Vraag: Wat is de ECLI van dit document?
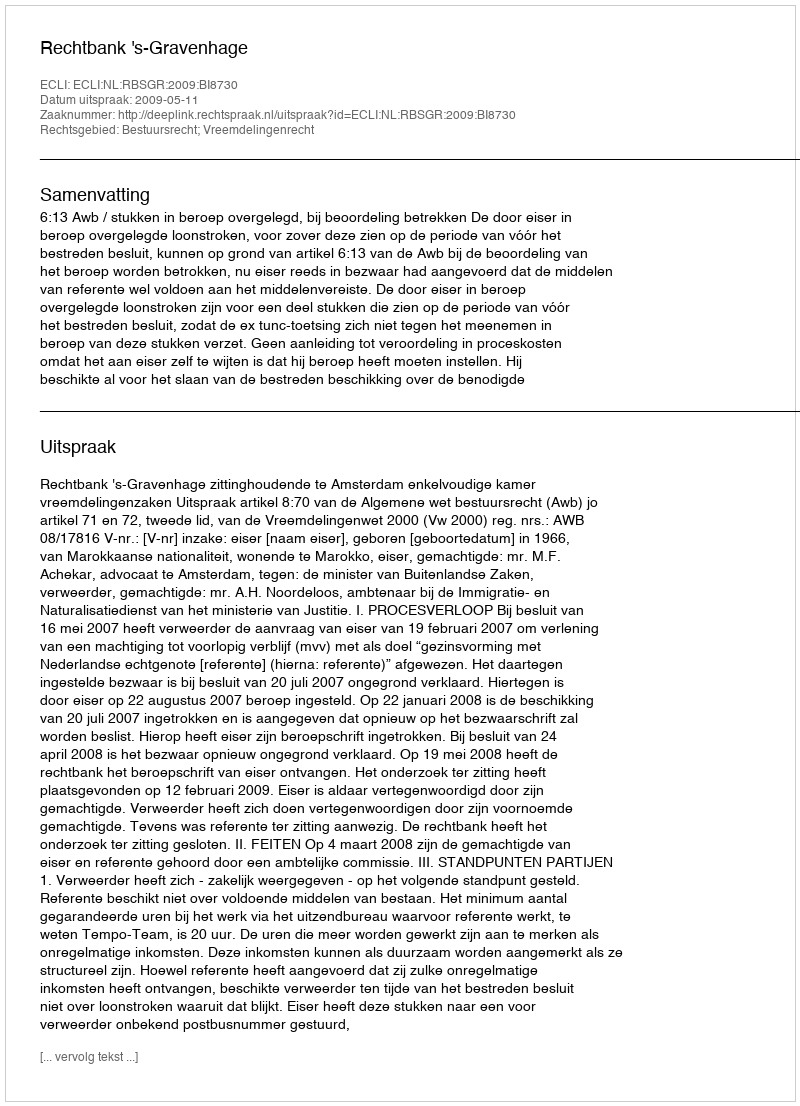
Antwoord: ECLI:NL:RBSGR:2009:BI8730